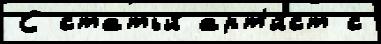
С статьи́ арт'и́ст с